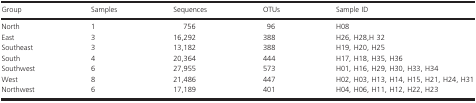
| Group | Samples | Sequences | OTUs | Sample ID |
 | --- | --- | --- | --- | --- |
 | North | 1 | 756 | 96 | H08 |
 | East | 3 | 16,292 | 388 | H26, H28,H 32 |
 | Southeast | 3 | 13,182 | 388 | H19, H20, H25 |
 | South | 4 | 20,364 | 444 | H17, H18, H35, H36 |
 | Southwest | 6 | 27,955 | 573 | H01, H16, H29, H30, H33, H34 |
 | West | 8 | 21,486 | 447 | H02, H03, H13, H14, H15, H21, H24, H31 |
 | Northwest | 6 | 17,189 | 401 | H04, H06, H11, H12, H22, H23 |